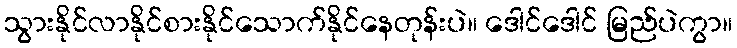
သွားနိုင်လာနိုင်စားနိုင်သောက်နိုင်နေတုန်းပဲ။ ဒေါင်ဒေါင် မြည်ပဲကွာ။